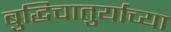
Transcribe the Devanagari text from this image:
बुद्धिचातुर्याच्या